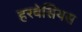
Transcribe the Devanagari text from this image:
हरबेसियस